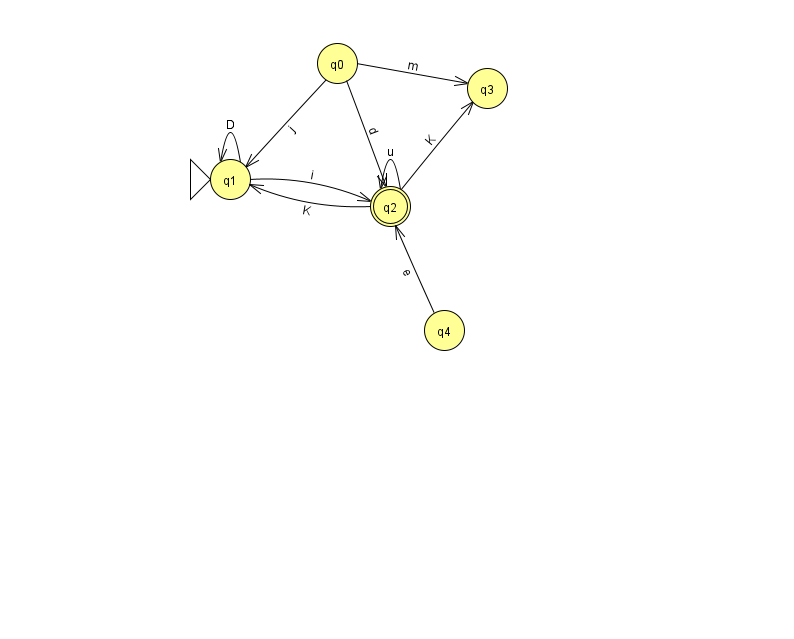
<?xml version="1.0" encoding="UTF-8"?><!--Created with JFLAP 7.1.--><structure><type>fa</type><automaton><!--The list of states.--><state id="0" name="q0"><x>337.0</x><y>50.0</y></state><state id="1" name="q1"><x>230.0</x><y>166.0</y><initial/></state><state id="2" name="q2"><x>390.0</x><y>193.0</y><final/></state><state id="3" name="q3"><x>487.0</x><y>75.0</y></state><state id="4" name="q4"><x>444.0</x><y>317.0</y></state><!--The list of transitions.--><transition><from>0</from><to>3</to><read>m</read></transition><transition><from>0</from><to>1</to><read>j</read></transition><transition><from>1</from><to>1</to><read>D</read></transition><transition><from>2</from><to>3</to><read>K</read></transition><transition><from>1</from><to>2</to><read>i</read></transition><transition><from>2</from><to>2</to><read>u</read></transition><transition><from>0</from><to>2</to><read>d</read></transition><transition><from>4</from><to>2</to><read>e</read></transition><transition><from>2</from><to>1</to><read>K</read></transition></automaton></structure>